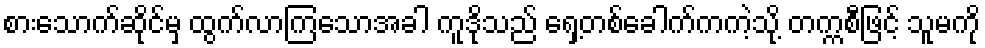
စားသောက်ဆိုင်မှ ထွက်လာကြသောအခါ ကူဒိုသည် ရှေ့တစ်ခေါက်ကကဲ့သို့ တက္ကစီဖြင့် သူမကို